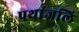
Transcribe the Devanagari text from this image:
पथांजलि